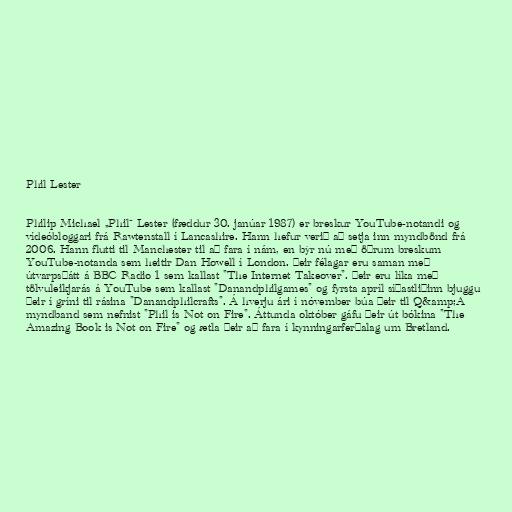
Phil Lester

Philip Michael „Phil“ Lester (fæddur 30. janúar 1987) er breskur YouTube-notandi og
vídeóbloggari frá Rawtenstall í Lancashire. Hann hefur verið að setja inn myndbönd frá
2006. Hann flutti til Manchester til að fara í nám, en býr nú með öðrum breskum
YouTube-notanda sem heitir Dan Howell í London. Þeir félagar eru saman með
útvarpsþátt á BBC Radio 1 sem kallast "The Internet Takeover". Þeir eru líka með
tölvuleikjarás á YouTube sem kallast "Danandphilgames" og fyrsta apríl síðastliðinn bjuggu
þeir í gríni til rásina "Danandphilcrafts". Á hverju ári í nóvember búa þeir til Q&amp;A
myndband sem nefnist "Phil is Not on Fire". Áttunda október gáfu þeir út bókina "The
Amazing Book is Not on Fire" og ætla þeir að fara í kynningarferðalag um Bretland.